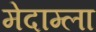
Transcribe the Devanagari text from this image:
मेदाम्ला